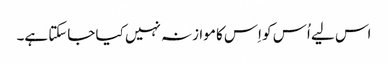
اس لیے اُس کو اِس کا موازنہ نہیں کیا جاسکتا ہے۔